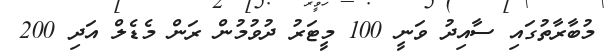
މުބާރާތުގައި ސާއިދު ވަނީ 100 މީޓަރު ދުވުމުން ރަން މެޑެލް އަދި 200